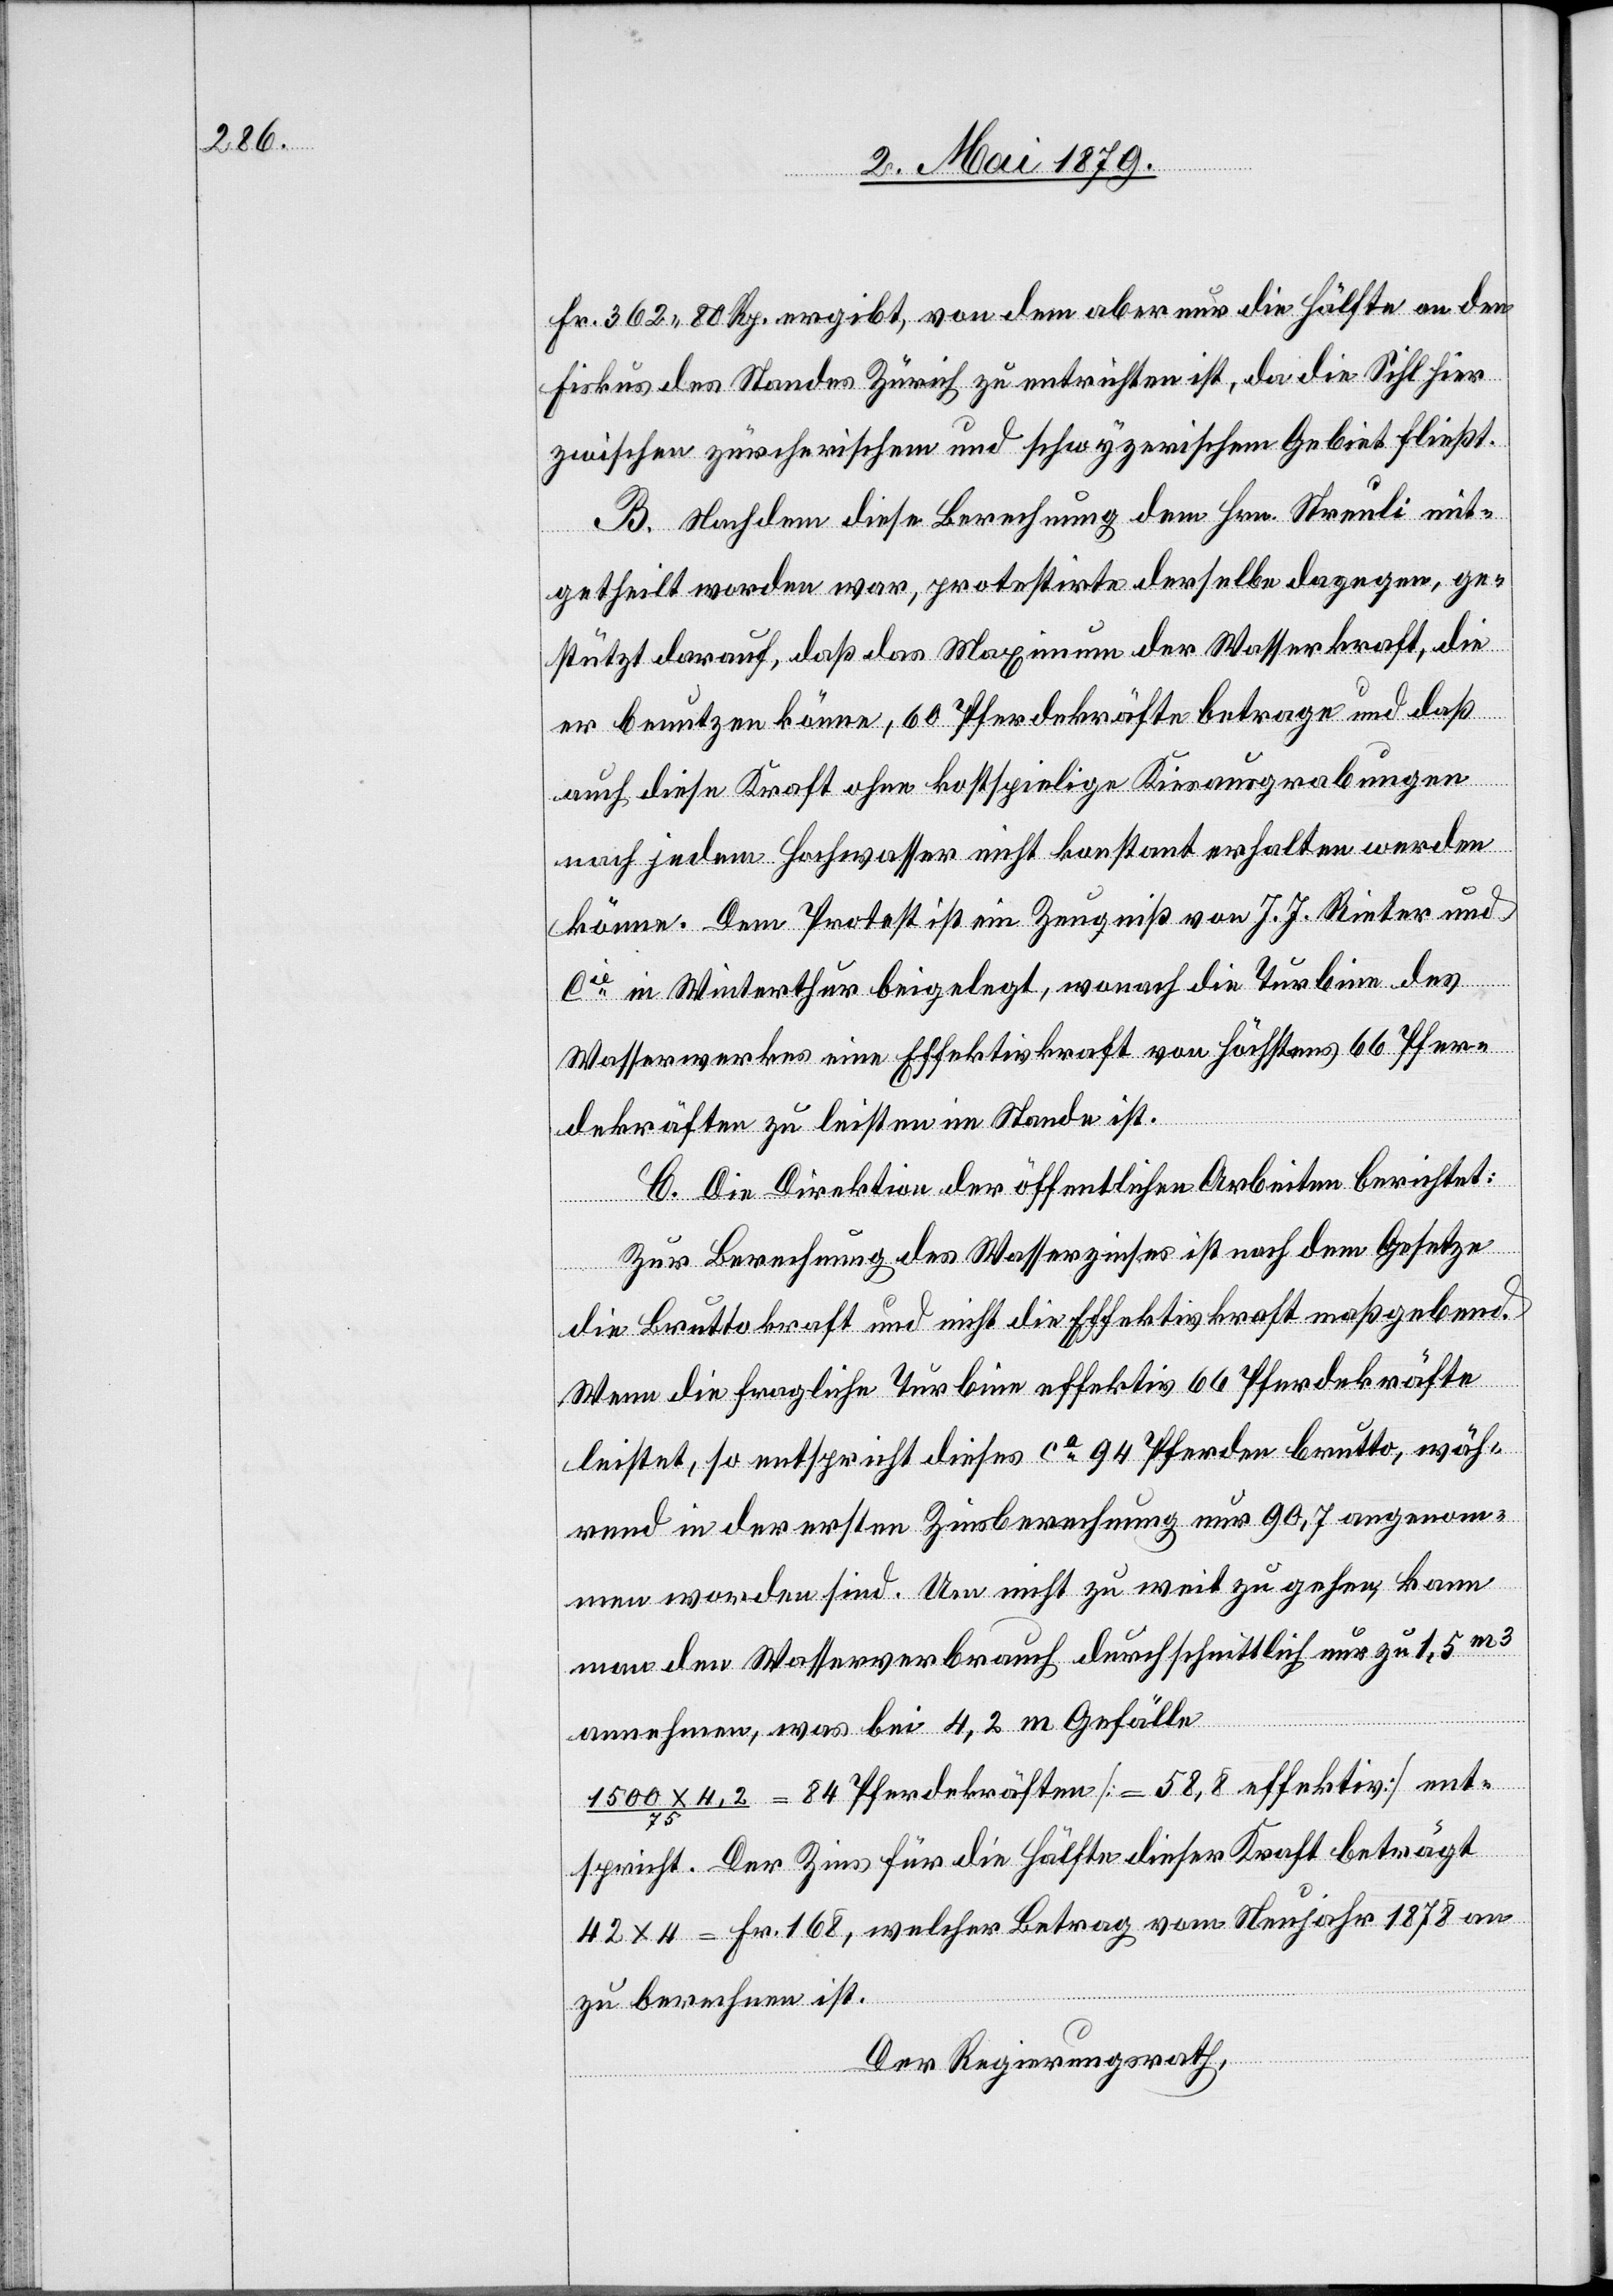
Fr. 362 80 Rp. ergibt, von dem aber nur die Hälfte an den
Fiskus des Standes Zürich zu entrichten ist, da die Sihl hier
zwischen zürcherischem und schwyzerischem Gebiet fließt.
B. Nachdem diese Berechnung dem Hrn. Streuli mit¬
getheilt worden war, protestirte derselbe dagegen, ge¬
stützt darauf, daß das Maximum der Wasserkraft, die
er benutzen könne, 60 Pferdekräfte betrage und daß
auch diese Kraft ohne kostspielige Kiesausgrabungen
nach jedem Hochwasser nicht konstant erhalten werden
könne. Dem Protest ist ein Zeugniß von J. J. Rieter und
Cie in Winterthur beigelegt, wonach die Turbine des
Wasserwerkes eine Effektivkraft von höchstens 66 Pfer¬
dekräften zu leisten im Stande ist.
C. Die Direktion der öffentlichen Arbeiten berichtet:
Zur Berechnung des Wasserzinses ist nach dem Gesetze
die Bruttokraft und nicht die Effektivkraft maßgebend.
Wenn die fragliche Turbine effektiv 66 Pferdekräfte
leistet, so entspricht dieses ca 94 Pferden brutto, wäh¬
rend in der ersten Zinsberechnung nur 90,7 angenom¬
men worden sind. Um nicht zu weit zu gehen, kann
man den Wasserverbrauch durchschnittlich nur zu 1,5m3
annehmen, was bei 4,2 m Gefälle
1500 x 4,2/75 = 84 Pferdekräften [= 58,8 effektiv] ent¬
spricht. Der Zins für die Hälfte dieser Kraft beträgt
42 x 4 = Fr. 168, welcher Betrag vom Neujahr 1878 an
zu berechnen ist.
Der Regierungsrath,